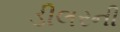
ડીલરની